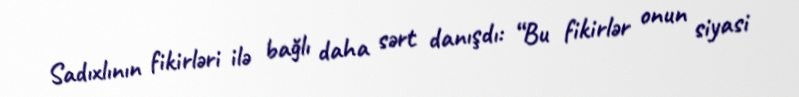
Sadıxlının fikirləri ilə bağlı daha sərt danışdı: “Bu fikirlər onun siyasi